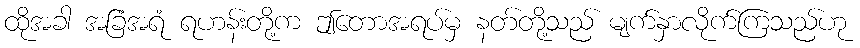
ထိုအခါ အခြံအရံ ရဟန်းတို့က ဤတောအရပ်မှ နတ်တို့သည် မျက်နှာလိုက်ကြသည်ဟု